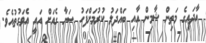
އާދައިގެ މަތިން ޝާމިން އާއި ބައްދަލު ކުރުމަށްފަހު ސަނާ ގެއަށް އައީ އެވަގުތުއެވެ.